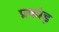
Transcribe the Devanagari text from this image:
प्रकांड़